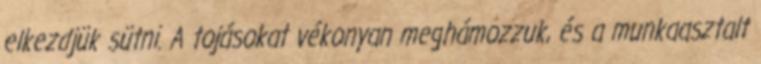
elkezdjük sütni. A tojásokat vékonyan meghámozzuk, és a munkaasztalt